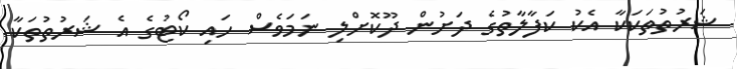
ޝަރުތުތަކަކާ އެކު ކަފާލާތުގެ ދަށުން ދޫކޮށްލި ނަމަވެސް ހައި ކޯޓުގެ އެ ޝަރުތުތަކާ